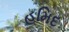
હમિદ